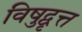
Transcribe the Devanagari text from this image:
विषुद्वृत्त